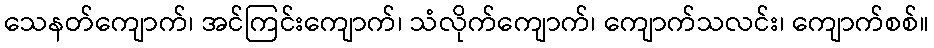
သေနတ်ကျောက်၊ အင်ကြင်းကျောက်၊ သံလိုက်ကျောက်၊ ကျောက်သလင်း၊ ကျောက်စစ်။